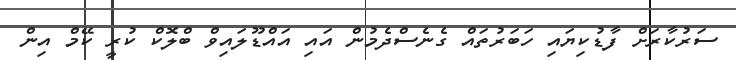
ސަރުކާރަށް ފާޑުކިޔައި ހަބަރުތައް ގެނެސްދެމުން އައި އައްޑޫލައިވް ބްލޮކް ކުރީ ކޭމް އިން